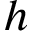
h